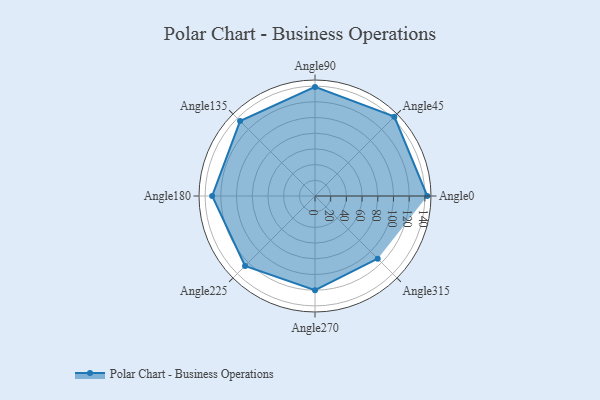
{"axis": {"x": "Angle", "y": "Radius"}, "legend": [""], "data": [{"x": "Angle0", "y": 143.0, "type": ""}, {"x": "Angle45", "y": 143.0, "type": ""}, {"x": "Angle90", "y": 139.0, "type": ""}, {"x": "Angle135", "y": 135.0, "type": ""}, {"x": "Angle180", "y": 131.0, "type": ""}, {"x": "Angle225", "y": 126.0, "type": ""}, {"x": "Angle270", "y": 120.0, "type": ""}, {"x": "Angle315", "y": 113.0, "type": ""}]}